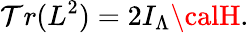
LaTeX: \mathcal{T}r(L^{2})=2I_{\Lambda}{\calH}.